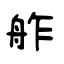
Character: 舴